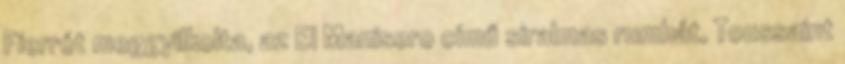
Fierrót meggyilkolta, az El Manisero című siralmas rumbát, Toussaint